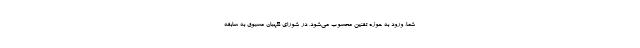
شما، ورود به حوزه تقنین محسوب می‌شود، در شورای نگهبان مسبوق به سابقه